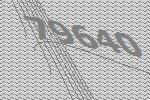
79640